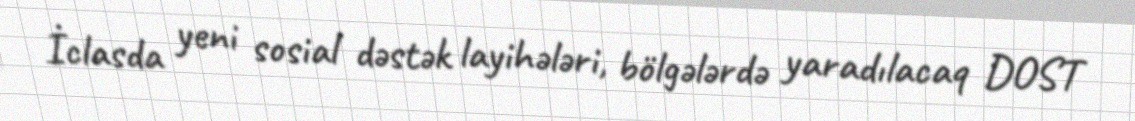
İclasda yeni sosial dəstək layihələri, bölgələrdə yaradılacaq DOST